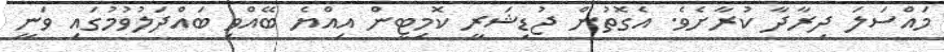
މައްސަލަ ދިރާދާ ކުރާށެވެ. އެގޮތުން ޖުޑިޝަރީ ކޮމިޓީން އިއްޔެ ބޭއްވި ބައްދަލުވުމުގައި ވަނީ